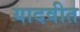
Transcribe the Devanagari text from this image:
यादवीत